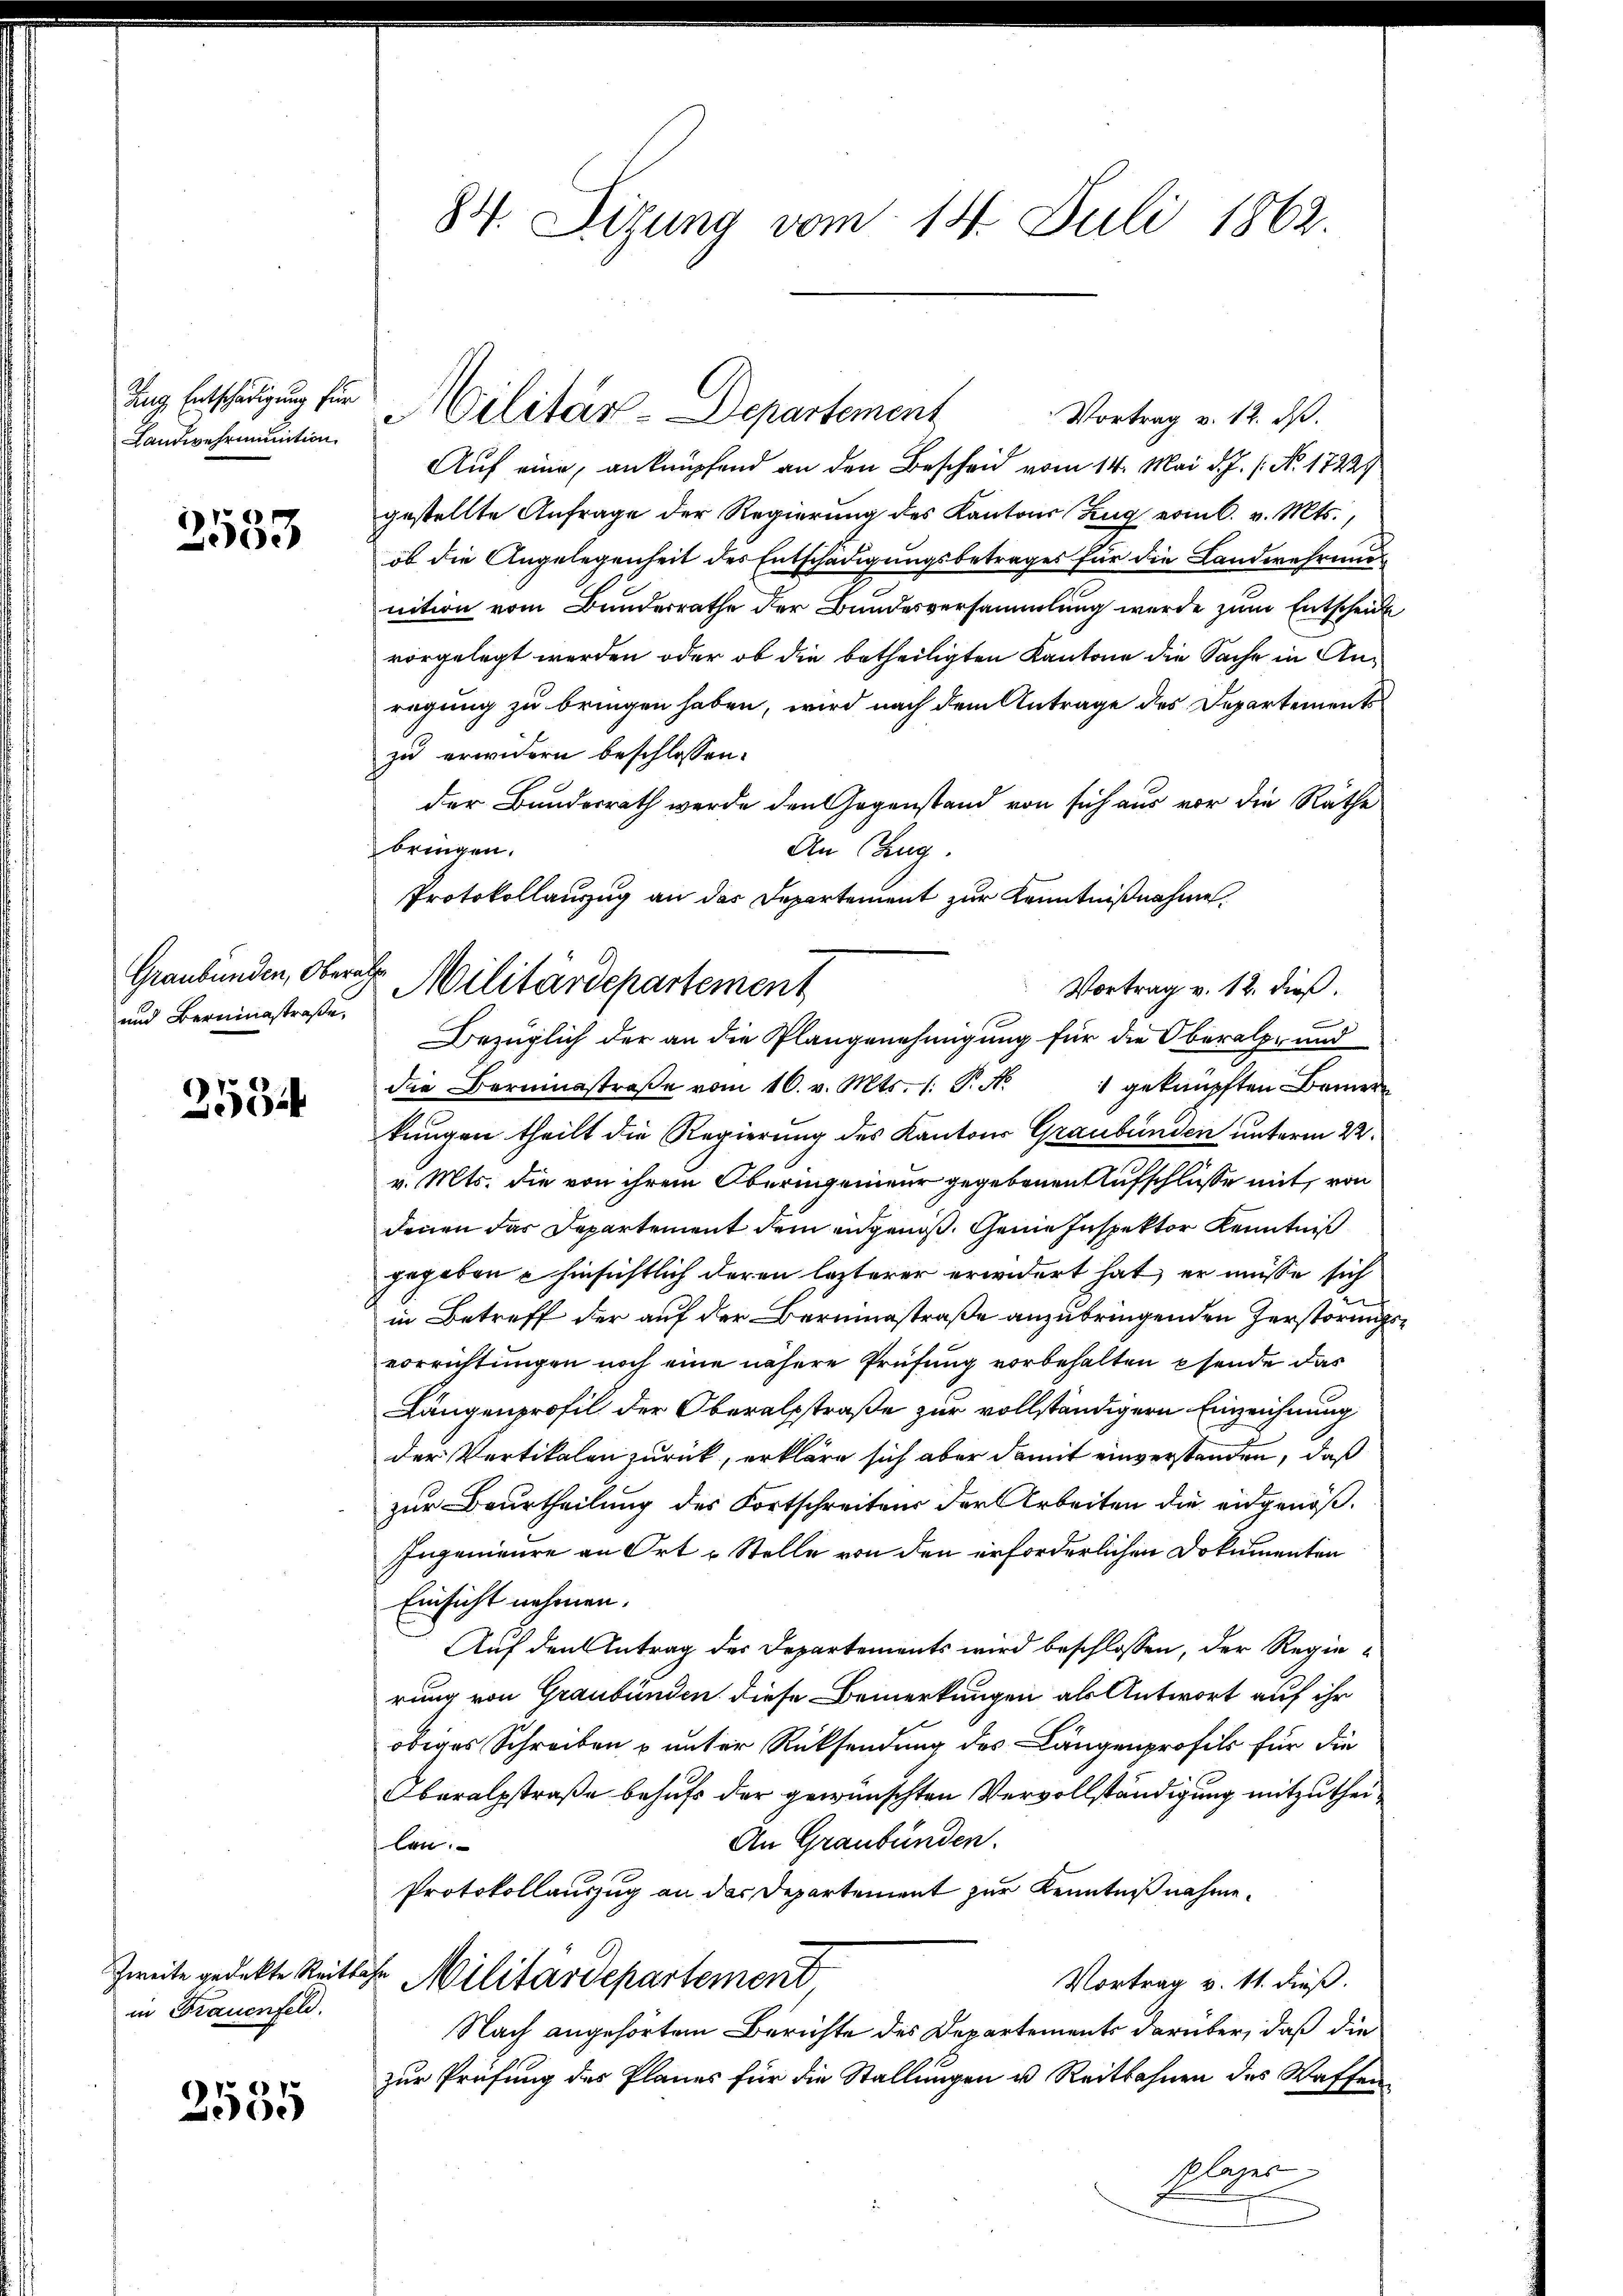
Landwehrinition.

2533

Graubünden, Oberath
und Bereinstraße,

2534

Zweite gedekte Reitbahn
in Frauenfeld.

2535

84. Sizung vom 14. Juli 1862.

Vortrag v. 12. ds.
Auf eine, anknüpfend an den Bescheid vom 14. Mai d. J. /: No. 17229
gestellte Anfrage der Regierung des Kantons Zug vom C. v. Mts.
ob die Angelegenheit des Entschädigungsbetrages für die Landwehrung
nition vom Bundesrathe der Bundesversammlung werde zum Entscheide
vorgelegt werden oder ob die betheiligten Kantone die Sache in Anregung zu bringen haben, wird nach dem Antrage des Departements
zu erwidern beschlossen:
der Bundesrath werde den Gegenstand von sich aus vor die Räthe
bringen.
An Zug.
die Berumsstraβe vom 10. v. Mts. /: P. N. 1 geknüpften Bemerkungen theilt die Regierung des Kantons Graubünden unterm 22.
v. Mts. die von ihrem Oberingenieur gegebenen Aufschlüsse mit, von
denen das Departement dem angenoß. Genie Inspektor Kenntniß
gegeben u hinsichtlich deren leiterer erwidert hat, er müsse sich
in Betreff der auf der Bereinstraße anzubringenden Zerstörungs
vorrichtungen noch eine nähere Prüfung vorbehalten ehende das
Längenprofil der Oberalstraße zur vollständigern Einzeichnung
der Vertikalen zurück, erkläre sich aber damit einverstanden, daß
zur Beurtheilung des Fortschreitens der Arbeiten die eidgenöß¬
Ingenieure an Ort u Stelle von den erforderlichen Dokumenten
Einsicht nehmen.
Auf den Antrag des Departements wird beschlossen, der Regierung von Graubünden diese Bemerkungen als Antwort auf ihr
obiges Schreiben u unter Rücksendung des Längenprofils für die
beralstraße behufs der gewünschten Vervollständigung mitzuthei¬
An Graubünden.
len.
Protokollauszug an der Departement zur Kenntnißnahme.
Militärdepartement
Vortrag v. 11. dieß.
Nach angehörtem Berichte des Departements darüber, daß die
zur Prüfung des Planes für die Stallungen u. Reitbahnen des Waffenplager

Ang Entschädigung für Militar-Departement

Protokollauszug an das Departement zur Kenntnißnahme
Militärdepartement
Vortrag v. 12. dieß.
Bezüglich der an die Plangenehmigung für die Oberalpe und